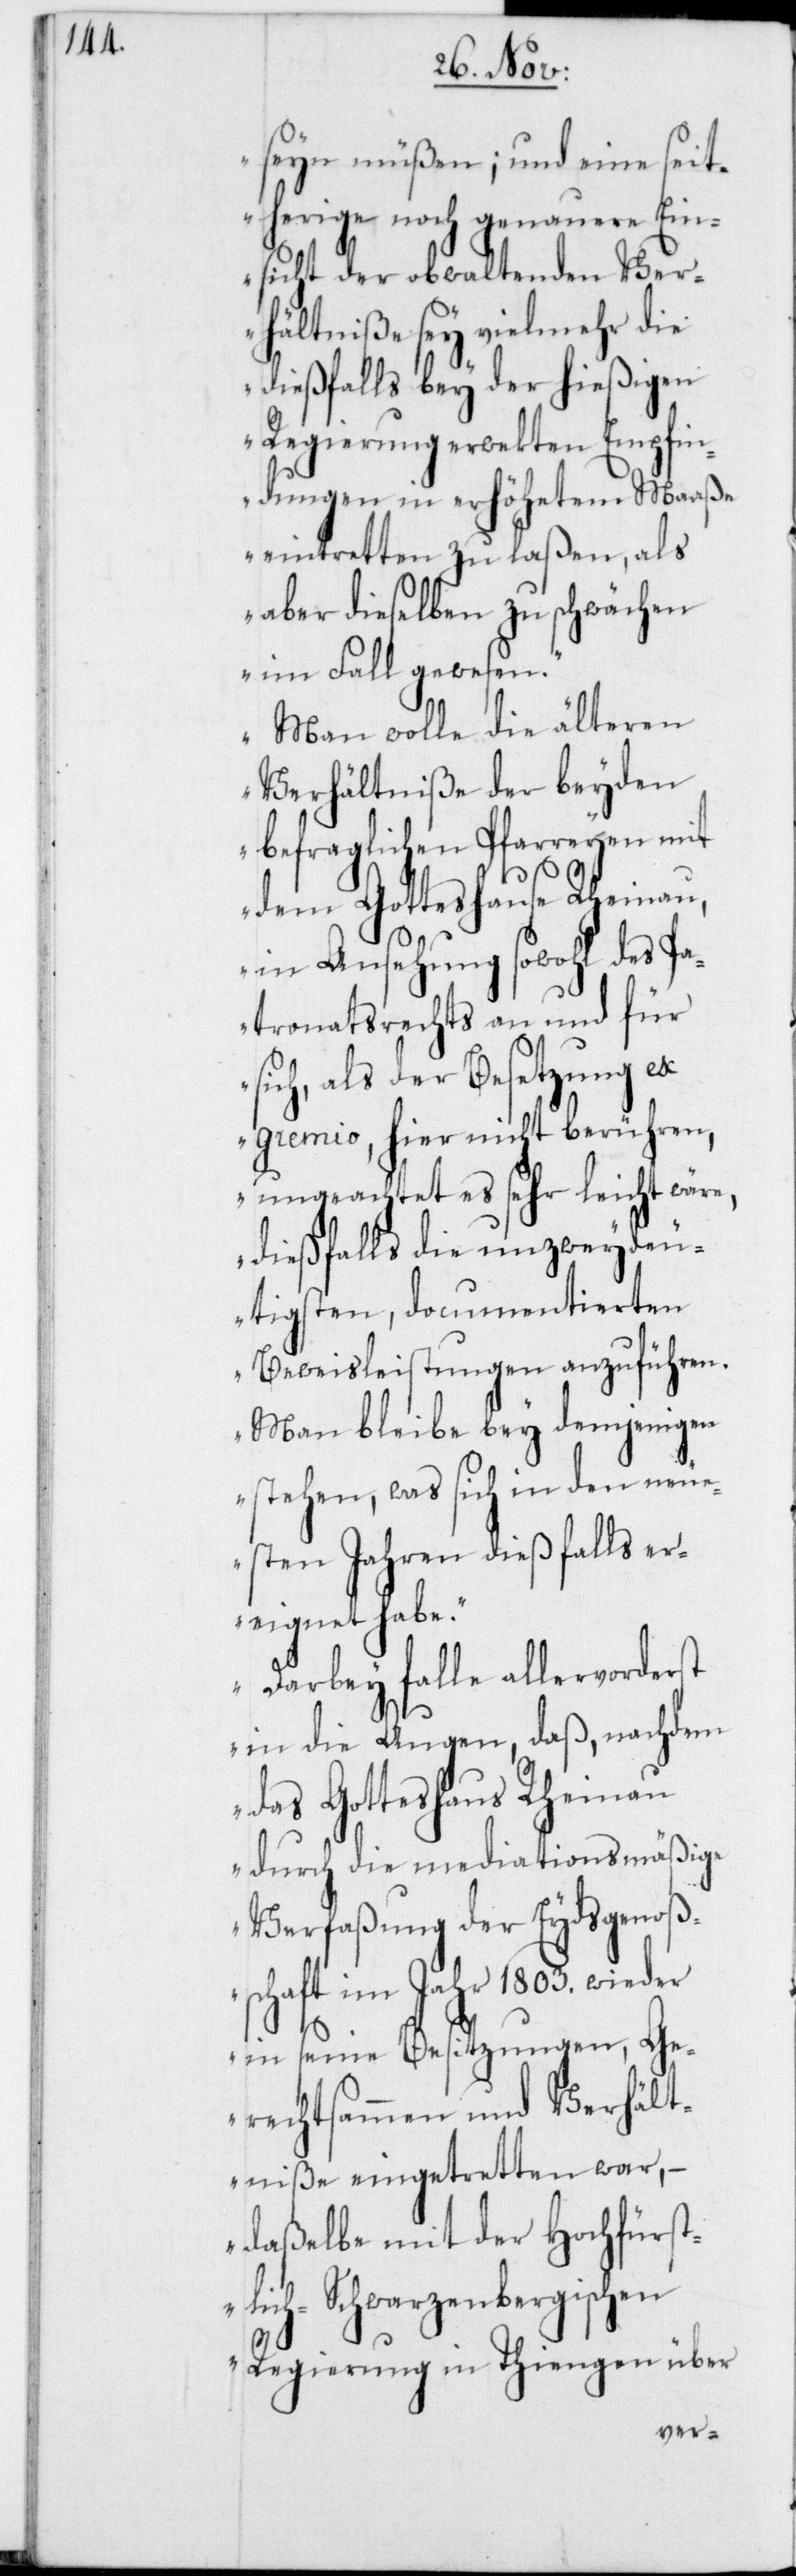
seyn müßen; und eine seit¬
herige noch genauerer Ein¬
sicht der obwaltenden Ver¬
hältniße sey vielmehr die
dießfalls bey der hießigen
Regierung erwekten Empfin¬
dungen in erhöhetem Maaße
eintretten zu laßen, als
aber dieselben zu schwächen
im Fall gewesen.
Man wolle die älteren
Verhältniße der beyden
befraglichen Pfarreyen mit
dem Gotteshause Rheinau,
in Ansehung sowohl des Pa¬
tronatsrechts an und für
sich, als der Besetzung ex
gremio hier nicht berühren,
ungeachtet es sehr leicht wäre,
dießfalls die unzweyde¬
utigsten, documentierten
Beweisleistungen anzuführen.
Man bleibe bey demjenigen
stehen, was sich in den neue¬
sten Jahren dießfalls er¬
eignet habe.
Darbey falle allervorderst
in die Augen, daß, nachdem
das Gotteshaus Rheinau
durch die mediationsmäßige
Verfaßung der Eydsgenoß¬
schaft im Jahr 1803. wieder
in seine Besitzungen, Ge¬
rechtsammen und Verhält¬
niße eingetretten war, –
daßelbe mit der Hochfürst¬
lich-Schwarzenbergischen
Regierung in Tiengen über